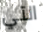
التي